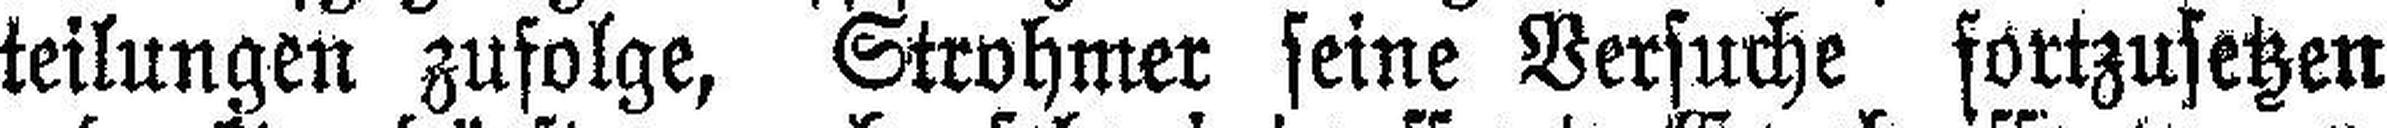
teilungen zufolge, Strohmer seine Versuche fortzusetzen